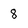
Character: 8